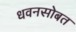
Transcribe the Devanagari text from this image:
धवनसोबत